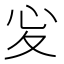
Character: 𢖻